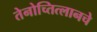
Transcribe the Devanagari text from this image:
तेनोच्तित्लानचे